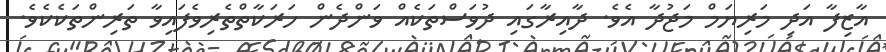
އާޒިފާ އަދި މަރިޔަމް މަޖުދާ އެވެ. ދާއިރާގައި ދުވަސްތަކެއް ވަންދެން ހަރަކާތްތެރިވެފައިވާ ތަރިންތަކެކެވެ.